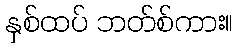
နှစ်ထပ် ဘတ်စ်ကား။